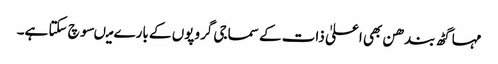
مہا گٹھ بندھن بھی اعلیٰ ذات کے سماجی گروپوں کے بارے میںسوچ سکتا ہے۔